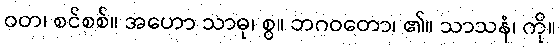
ဝတ၊ စင်စစ်။ အဟော သာဓု၊ စွ။ ဘဂဝတော၊ ၏။ သာသနံ၊ ကို။